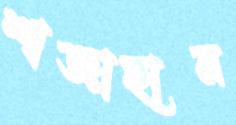
শাজাহান